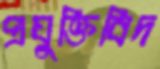
প্রযুক্তিবিদ